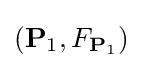
({\mathbf {P} _{1}},F_{\mathbf {P} _{1}})